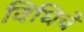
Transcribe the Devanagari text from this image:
विधिचे